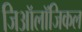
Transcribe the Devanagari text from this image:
जिऑलॉजिकल